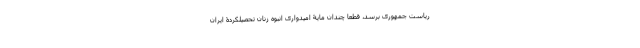
ریاست جمهوری برسد، قطعا چندان مایۀ امیدواری انبوه زنان تحصیلکردۀ ایران